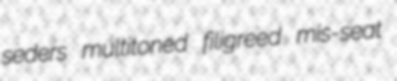
seders multitoned filigreed mis-seat